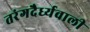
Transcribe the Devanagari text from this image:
तरंगदैर्ध्यवाली